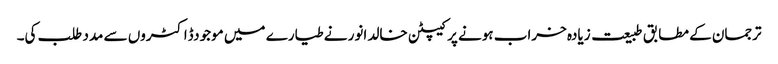
ترجمان کے مطابق طبیعت زیادہ خراب ہونے پر کیپٹن خالد انور نے طیارے میں موجودڈاکٹروں سے مدد طلب کی۔